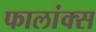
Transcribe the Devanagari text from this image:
फालांक्स